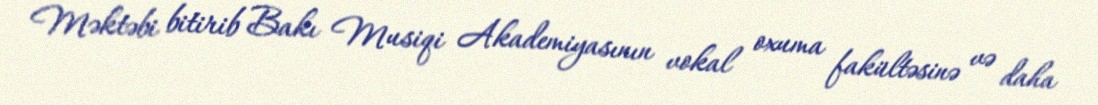
Məktəbi bitirib Bakı Musiqi Akademiyasının vokal oxuma fakültəsinə və daha